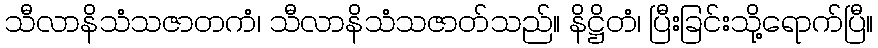
သီလာနိသံသဇာတကံ၊ သီလာနိသံသဇာတ်သည်။ နိဋ္ဌိတံ၊ ပြီးခြင်းသို့ရောက်ပြီ။